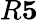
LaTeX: R\le 5